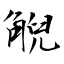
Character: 觬